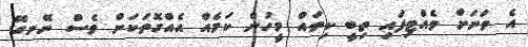
އެ ތަނަށް ވެއްޓިފައި ތިބީ ކިތައް މީހުން ކަމެއް އެއްގޮތަކަށް ވެސް ނޭނގޭ.